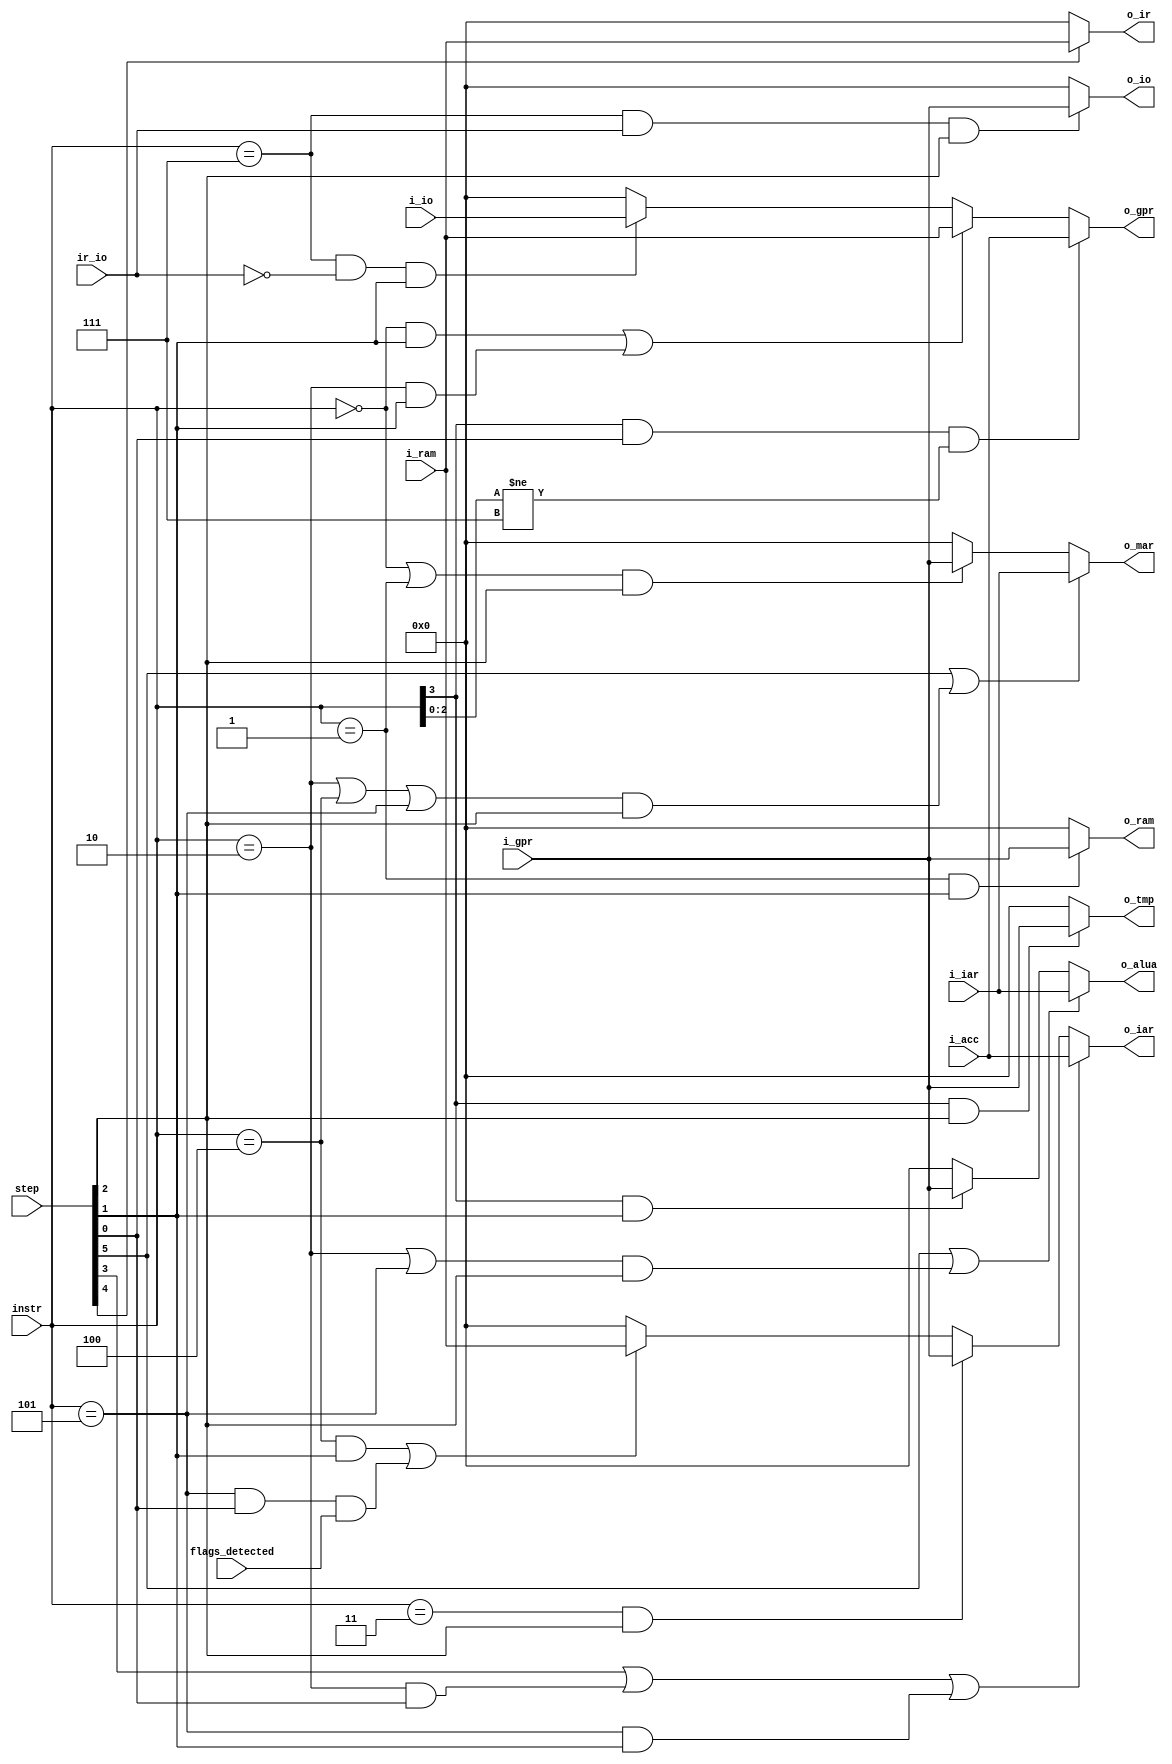
// Written by David J. Marion
// Purpose:
//		To replace the tristate CPU bus and inout ports for the 7-Step Processor
//
// Brief:
// 		A combinational switchboard circuit to route data to and from CPU components.
// ************************************************************************************

`timescale 1ns / 1ps	
module data_bus(
	// From components
		input [7:0] i_gpr,
		input [7:0] i_ram,
		input [7:0] i_acc,
		input [7:0] i_iar,
		input [7:0] i_io,	
	// Control (routing) signals
		input [1:6] step,			// Control Unit Stepper output
		input [0:3] instr,			// 4-bits from IR
		input ir_io,				// 1-bit from IR (designates input to or output from CPU on IO bus)
		input flags_detected,		// Control Unit OR gate OB	
	// To components
		output [7:0] o_ir,
		output [7:0] o_iar,
		output [7:0] o_alua,
		output [7:0] o_gpr,
		output [7:0] o_mar,
		output [7:0] o_ram,
		output [7:0] o_io,
		output [7:0] o_tmp
);
	
	assign o_ir = step[2] ? i_ram : 8'b0;
	assign o_mar = (step[1] | (((instr == 4'b0010) | (instr == 4'b0100) | (instr == 4'b0101))  & step[4])) ? i_iar :
				   ((instr == 4'b0000) | (instr == 4'b0001)) & (step[4]) ?  i_gpr : 8'b0;
	assign o_alua = (step[1] | (((instr == 4'b0010) | (instr == 4'b0101)) & step[4])) ? i_iar : 
					((instr[0] == 1'b1) & step[5]) ? i_gpr : 8'b0;
	assign o_iar = (step[3] | ((instr == 4'b0010) & step[6]) | ((instr == 4'b0101) & step[5])) ? i_acc :
				   ((instr == 4'b0011) & step[4]) ? i_gpr :
				   (((instr == 4'b0100) & step[5]) |  ((instr == 4'b0101) & step[6] & flags_detected))   ? i_ram : 8'b0;
	assign o_tmp = ((instr[0] == 1'b1) & step[4]) ? i_gpr : 8'b0;
	assign o_gpr = ((instr[0] == 1'b1) & step[6] & (instr[1:3] != 3'b111)) ? i_acc :
				   (((instr == 4'b0000) & step[5]) | ((instr == 4'b0010) & step[5])) ? i_ram :
				   ((instr == 4'b0111) & !ir_io & step[5]) ? i_io : 8'b0;
	assign o_ram = ((instr == 4'b0001) & step[5]) ? i_gpr : 8'b0;
	assign o_io = ((instr == 4'b0111) & ir_io & step[4]) ? i_gpr : 8'b0;
				   
endmodule